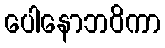
ပေါနောဘဝိကာ